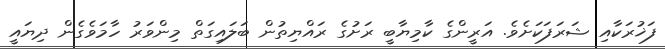
ފަޚުރަކާއި ޝަރަފަކަށެވެ. އަރީންގެ ކާމިޔާބީ ރަށުގެ ރައްޔިތުން ބަލައިގަތް މިންވަރު ހާމަވެގެން ދިޔައީ